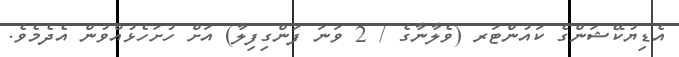
އެޑިޔުކޭޝަންގެ ކައުންޓަރ (ވެލާނާގެ / 2 ވަނަ ފަންގިފިލާ) އަށް ހުށަހެޅުއްވުން އެދެމެވެ.